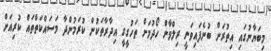
މިބަޔާނުގައި އިތުރަށް ބުނެފައިވަނީ ރިލްވާން ހޯދުމަށް ތަހުގީގީ އިދާރާތަކުން ކުރަމުންދާ މަސައްކަތްތައް ކުރިއަށް